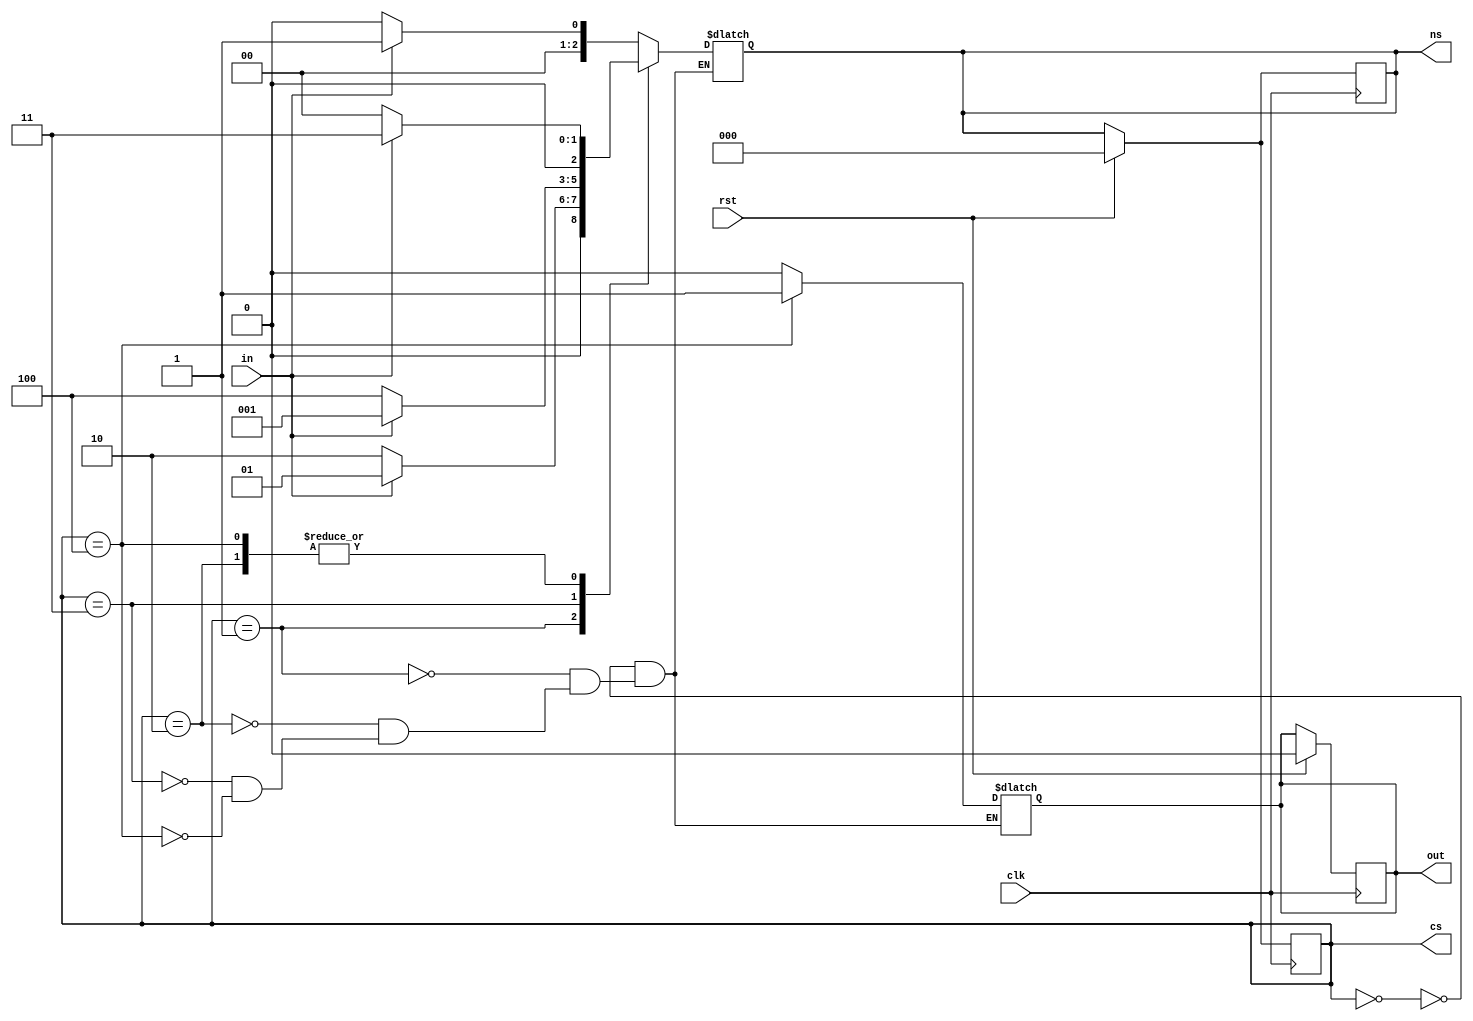
`timescale 1ns / 1ps
//////////////////////////////////////////////////////////////////////////////////
// Company: 
// Engineer: 
// 
// Design Name: 
// Module Name: moore_fsm_1010
// Project Name: 
// Target Devices: 
// Tool Versions: 
// Description: 
// 
// Dependencies: 
// 
// Revision:
// Revision 0.01 - File Created
// Additional Comments:
// 
//////////////////////////////////////////////////////////////////////////////////


module moore_fsm_1010(
        output reg out,
        input in,clk,rst ,
        output reg[2:0] cs,ns       
);
   
        parameter [2:0]s0= 3'b000;
        parameter [2:0]s1= 3'b001;
        parameter [2:0]s2= 3'b010;
        parameter [2:0]s3= 3'b011;
        parameter [2:0]s4= 3'b100;
    always@(posedge clk)
        begin
        if(rst) begin
            out=1'b0;
            cs=s0;
         ns=s0;
            end
        else
            begin
            cs=ns;
            end
            end
   always @ (cs,in)
               begin
        case(cs)
        s0: begin out=1'b0; 
        if(in) begin
            //out=1'b0;
            ns=s1; end
            else begin
            //out=1'b0;
            ns=s0; end
            end
         s1:  begin out=1'b0; 
          if(in) begin
           // out=1'b0;
            ns=s1; end
            else begin
            //out=1'b0;
            ns=s2; end
            end
         s2:  begin out=1'b0; 
          if(in) begin
            //out=1'b0;
            ns=s3; end
            else begin
            //out=1'b0;
            ns=s0; end
            end
         s3:  begin out=1'b0; 
         if(in==0) begin
            //out=1'b0;
            ns=s4; end
            else begin
            //out=1'b0;
            ns=s1; end
            end
         s4:  begin out=1'b1; 
         if(in) begin
            //out=1'b1;
            ns=s3; end
            else begin
            //out=1'b1;
            ns=s0; end
            end  
            endcase
            end
                    
endmodule 
//module moore_fsm_1010(
//        output reg start_shifting,
//        input data,clk,reset,
//        output reg [2:0] cs,ns        
//);
       
//        parameter [2:0]s0= 3'b000;
//        parameter [2:0]s1= 3'b001;
//        parameter [2:0]s2= 3'b010;
//        parameter [2:0]s3= 3'b011;
//        parameter [2:0]s4= 3'b100;
//    always@(posedge clk)
//        begin
//            if(reset) begin
//            start_shifting<=1'b0;
//            cs<=s0;
////            ns=s0;
//            end
//        else
//            begin
//            cs=ns;
//            end
//            end
//    always @ (cs,data)
//               begin
//        case(cs)
//        s0: begin start_shifting=1'b0; 
//            if(data) begin
//            //out=1'b0;
//            ns=s1; end
//            else begin
//            //out=1'b0;
//            ns=s0; end
//            end
//         s1:  begin start_shifting=1'b0; 
//             if(data) begin
//           // out=1'b0;
//            ns=s2; end
//            else begin
//            //out=1'b0;
//            ns=s0; end
//            end
//         s2:  begin start_shifting=1'b0; 
//             if(data) begin
//            //out=1'b0;
//            ns=s2; end
//            else begin
//            //out=1'b0;
//            ns=s3; end
//            end
//         s3:  begin start_shifting=1'b0; 
//             if(data) begin
//            //out=1'b0;
//            ns=s4; end
//            else begin
//            //out=1'b0;
//            ns=s0; end
//            end
//         s4:  begin start_shifting=1'b1; 
//             if(data) begin
//            //out=1'b1;
//            ns=s2; end
//            else begin
//            //out=1'b1;
//            ns=s0; end
//            end  
//            endcase
//            end
      
        
//endmodule